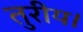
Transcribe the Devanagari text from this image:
तुरीय।